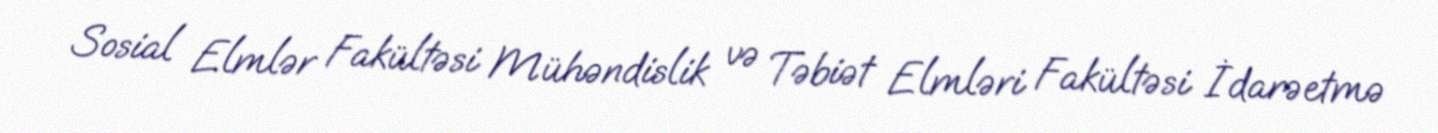
Sosial Elmlər Fakültəsi Mühəndislik və Təbiət Elmləri Fakültəsi İdarəetmə